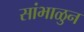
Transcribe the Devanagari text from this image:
सांभाळुन